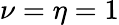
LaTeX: \nu=\eta=1